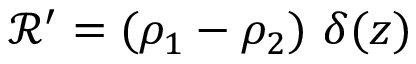
\mathcal { R } ^ { \prime } = ( \rho _ { 1 } - \rho _ { 2 } ) \ \delta ( z )